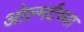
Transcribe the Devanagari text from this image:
ओल्मर्टच्या